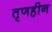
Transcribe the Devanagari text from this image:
तृणहीन